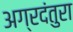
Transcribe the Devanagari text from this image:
अग्रदंतुरा